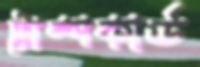
ট্রাম্পকার্ড